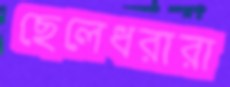
ছেলেধরারা